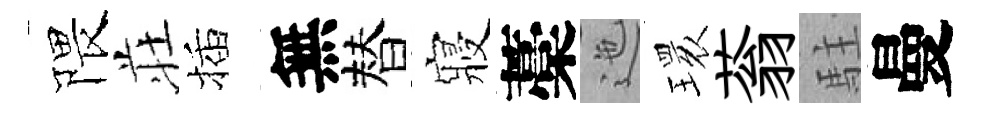
隈荘插無替寢藁迤𤨔蓊駐曼